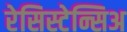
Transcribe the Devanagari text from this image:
रेसिस्टेन्सिअ